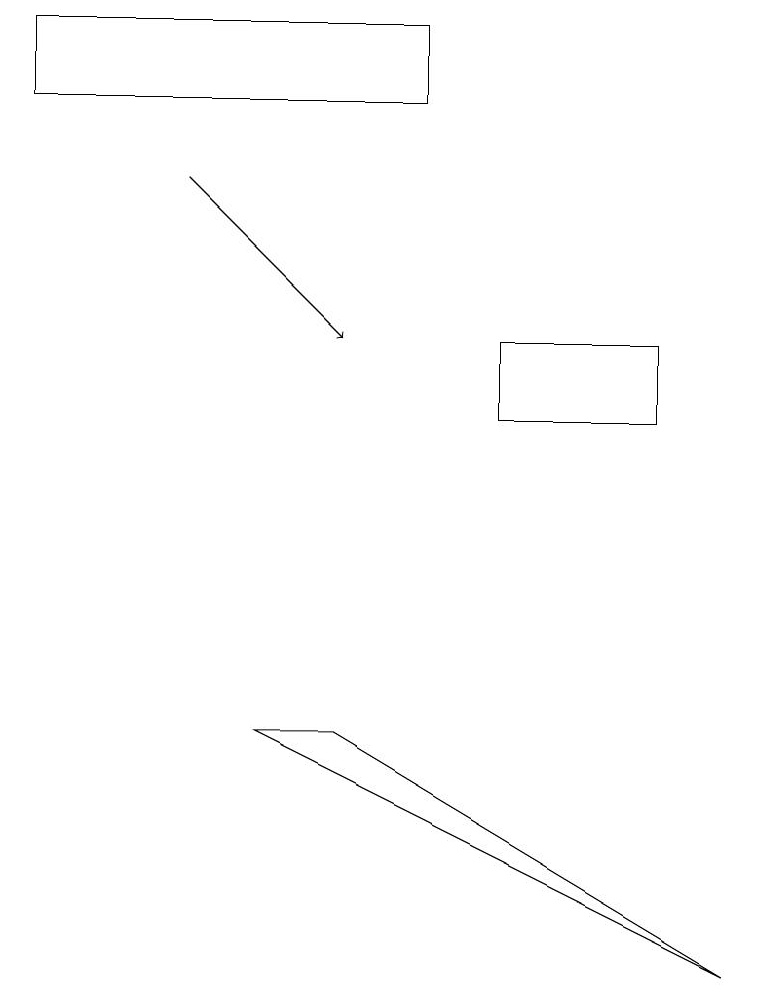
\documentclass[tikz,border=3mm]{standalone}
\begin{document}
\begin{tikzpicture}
\draw (9,3) -- (4,6) -- (3,6) -- cycle;
\draw[->] (2,13) -- (4,11);
\draw (6,11) rectangle (8,10);
\draw (5,15) rectangle (0,14);
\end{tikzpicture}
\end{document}